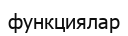
функциялар